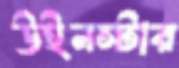
উইনস্টার